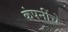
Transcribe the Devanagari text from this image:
कंपनींचे